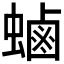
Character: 𮔶